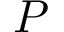
P